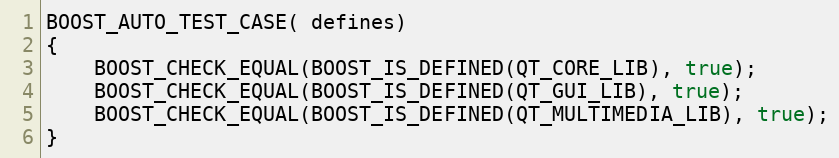
Language: C++
BOOST_AUTO_TEST_CASE( defines)
{
    BOOST_CHECK_EQUAL(BOOST_IS_DEFINED(QT_CORE_LIB), true);
    BOOST_CHECK_EQUAL(BOOST_IS_DEFINED(QT_GUI_LIB), true);
    BOOST_CHECK_EQUAL(BOOST_IS_DEFINED(QT_MULTIMEDIA_LIB), true);
}